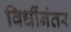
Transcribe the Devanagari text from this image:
विधींनंतर